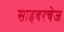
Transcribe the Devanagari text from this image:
साइबरचेज